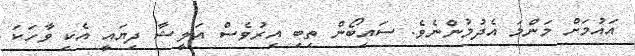
އައުމަށް މަންމަ އެދުމުންނެވެ. ސައިބޯން ތިބި އިރުވެސް އަލީޝާ ދިޔައީ އެކި ވާހަކަ